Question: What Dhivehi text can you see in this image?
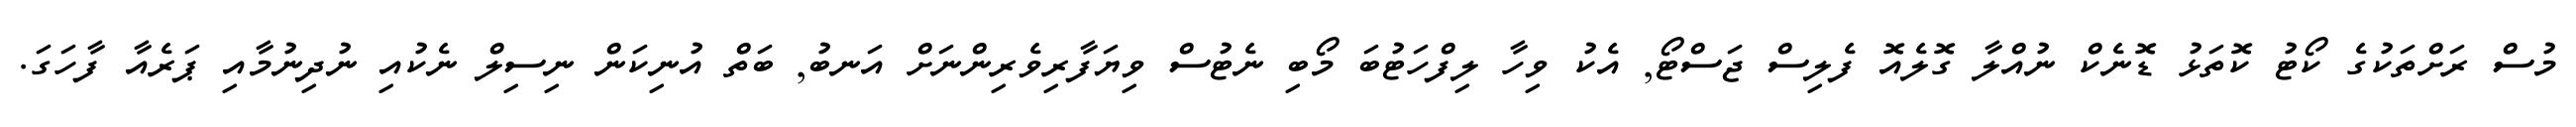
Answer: މުސް ރަށްތަކުގެ ކޯޓު ކޮތަޅު ޑޮނެކް ނުއްލާ ގޮލެއޮ ފެލިސް ޖަސްޓޯ, އެކު ވިހާ ލިފްހަޓުބަ މޯބި ނެޓުސް ވިޔަފާރިވެރިންނަށް އަނބު, ބަތް އުނިކަން ނިސިލް ނެކުއި ނުދިނުމާއި ޕަރެއާ ފާހަގަ.